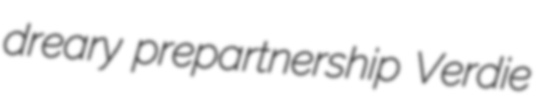
dreary prepartnership Verdie